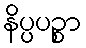
နိပ္ပပဉ္စာ